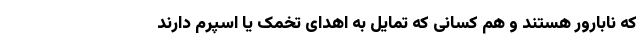
که نابارور هستند و هم کسانی که تمایل به اهدای تخمک یا اسپرم دارند